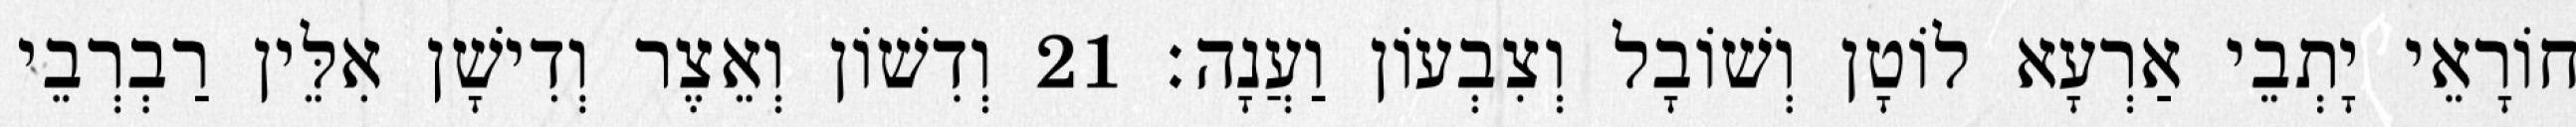
חוֹרָאֵי יָתְבֵי אַרְעָא לוֹטָן וְשׁוֹבָל וְצִבְעוֹן וַעֲנָה׃ 21 וְדִשׁוֹן וְאֵצֶר וְדִישָׁן אִלֵּין רַבְרְבֵי